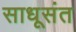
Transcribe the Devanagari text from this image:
साधूसंत